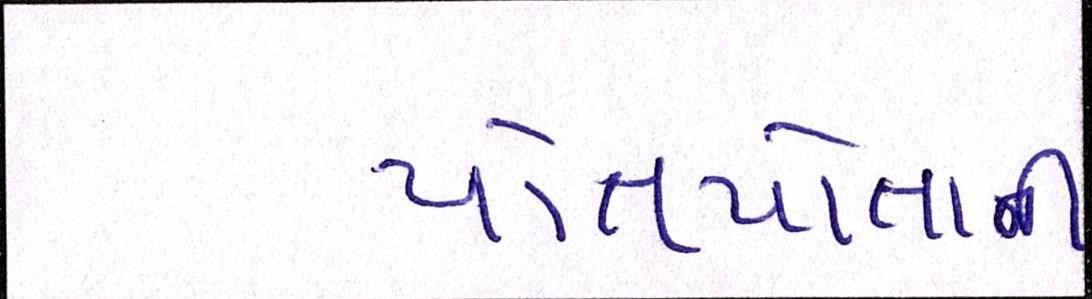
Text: પોતપોતાની